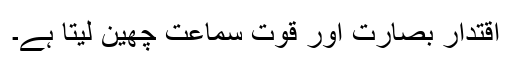
اقتدار بصارت اور قوت سماعت چھین لیتا ہے۔